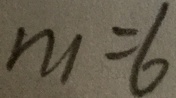
m = 6